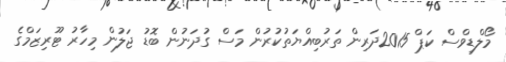
މޯލްޑިވްސް ކަޕް 2015ދަރިން ތަރުބިއްޔަތުކުރުން މަސް ގުދަނުން ބޮޑު ޖަލުން މިހާރު ޓޫރިޒަމްގެ